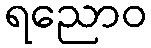
ရညောဝ